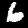
Label: 6